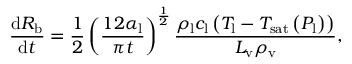
\frac { \mathrm d R _ { \mathrm { b } } } { \mathrm d t } = \frac { 1 } { 2 } \left( \frac { 1 2 \alpha _ { \mathrm { l } } } { \pi t } \right) ^ { \frac { 1 } { 2 } } \frac { \rho _ { \mathrm { l } } c _ { \mathrm { l } } \left( T _ { \mathrm { l } } - T _ { \mathrm { s a t } } \left( P _ { \mathrm { l } } \right) \right) } { L _ { \mathrm { v } } \rho _ { \mathrm { v } } } ,